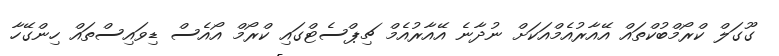
ގޫގަލް ކްރޯމްބުކްތައް އޭއާރުއެމްއަކަށް ނުދާނެ އޭއާރުއެމް ޗިޕްސެޓްގައި ކްރޯމް އޯއެސް ޑިވައިސްތައް ހިންގޭހާ